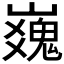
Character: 𪩜